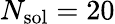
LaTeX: N_{\mathrm{sol}}=20